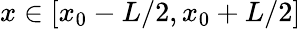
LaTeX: x\in[x_{0}-L/2,x_{0}+L/2]